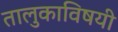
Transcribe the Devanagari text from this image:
तालुकाविषयी